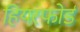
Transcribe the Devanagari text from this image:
हियरफोर्ड